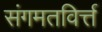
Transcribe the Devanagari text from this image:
संगमतविर्त्त